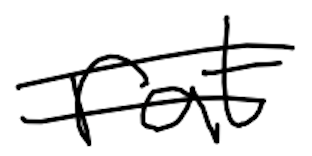
Text: rat
Cross-out: double-line
Writing tool: digital_black